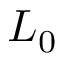
L _ { 0 }